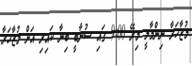
މުޒާހަރާ ނިންމާލީ މިރޭ 9:00 ގައި ސުނާބީ ބިނާ ކައިރި އަށް މުޒާހަރާ